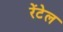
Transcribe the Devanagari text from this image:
रेंटेल